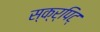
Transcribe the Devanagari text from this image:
स्क्र्पिट्